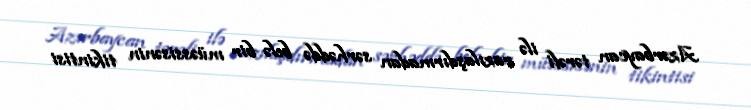
Azərbaycan tərəfi ilə razılaşdırmadan sərhəddə belə bir müəssisənin tikintisi